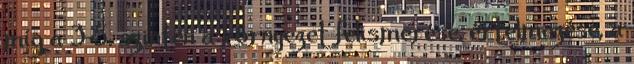
míg a 3-5. szinten a környezet felismerése, értelmezése, a